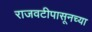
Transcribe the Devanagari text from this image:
राजवटीपासूनच्या